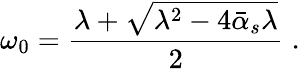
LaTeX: \omega_{0}={\frac{\lambda+\sqrt{\lambda^{2}-4\bar{\alpha}_{s}\lambda}}{2}}\; .